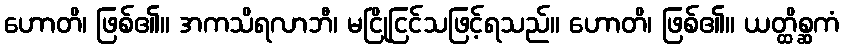
ဟောတိ၊ ဖြစ်၏။ အကသိရလာဘီ၊ မငြိုငြင်သဖြင့်ရသည်။ ဟောတိ၊ ဖြစ်၏။ ယတ္ထိစ္ဆကံ